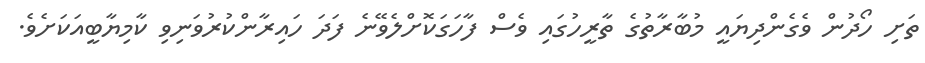
ތަށި ހޯދުން ވެގެންދިޔައީ މުބާރާތުގެ ތާރީހުގައި ވެސް ފާހަގަކޮށްލެވޭނެ ފަދަ ހައިރާންކުރުވަނިވި ކާމިޔާބީއަކަށެވެ.